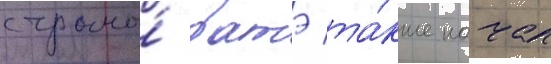
страны́ батэ та́кже начал